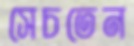
সেচতেন